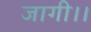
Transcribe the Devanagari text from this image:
जागी।।